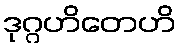
ဒုဂ္ဂဟိတေဟိ